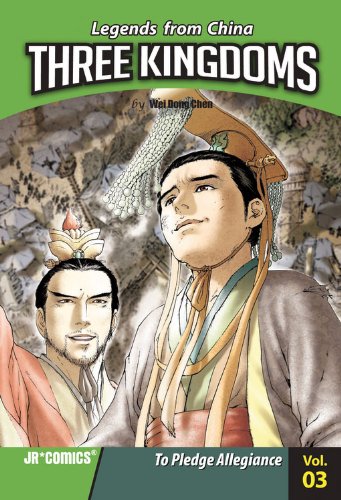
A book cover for Three Kingdoms Volume 03: To Pledge Allegiance (Legends from China: Three Kingdoms); Wei Dong Chen; Teen & Young Adult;